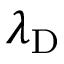
\lambda _ { \mathrm { D } }